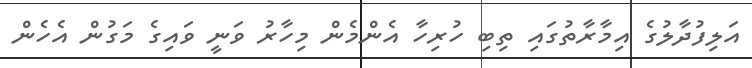
އަލިފުދާލުގެ އިމާރާތުގައި ތިބި ހުރިހާ އެންމެން މިހާރު ވަނީ ވައިގެ މަގުން އެހެން